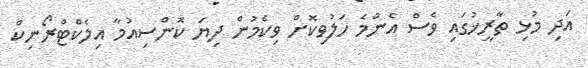
އަދި މުޅި ތާރީޚުގައި ވެސް އެންމެ ހަލުވިކޮށް ވިކެމުން ދިޔަ ކޮންސިއުމާ އިލެކްޓްރޯނިކް